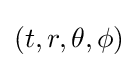
\left(t,r,\theta ,\phi \right)